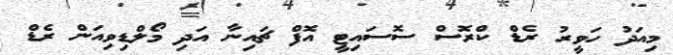
މިއަދު ހަވީރު ރެޑް ކްރޮސް ސޮސައިޓީ އޮފް ޗައިނާ އަދި މޯލްޑިވިއަން ރެޑް